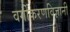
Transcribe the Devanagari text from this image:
वर्गीकरणविज्ञानी